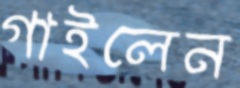
গাইলেন